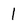
Character: 1